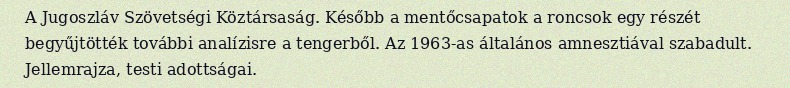
A Jugoszláv Szövetségi Köztársaság. Később a mentőcsapatok a roncsok egy részét begyűjtötték további analízisre a tengerből. Az 1963-as általános amnesztiával szabadult. Jellemrajza, testi adottságai.